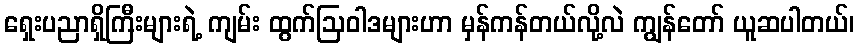
ရှေးပညာရှိကြီးများရဲ့ ကျမ်း ထွက်ဩဝါဒများဟာ မှန်ကန်တယ်လို့လဲ ကျွန်တော် ယူဆပါတယ်၊